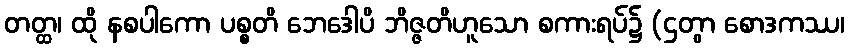
တတ္ထ၊ ထို နစပါကော ပစ္စတိ ဘေဒေါပိ ဘိဇ္ဇတိဟူသော စကားရပ်၌ (ဌတွာ စောဒကဿ၊